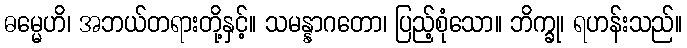
ဓမ္မေဟိ၊ အဘယ်တရားတို့နှင့်။ သမန္နာဂတော၊ ပြည့်စုံသော။ ဘိက္ခု၊ ရဟန်းသည်။